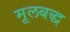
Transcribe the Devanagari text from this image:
मूलबद्ध